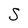
Character: S